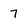
Character: 7